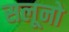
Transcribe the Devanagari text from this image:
सलूनो